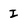
Character: I